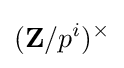
(\mathbf {Z} /p^{i})^{\times }